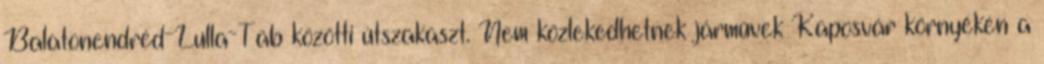
Balatonendréd-Lulla-Tab közötti útszakaszt. Nem közlekedhetnek járművek Kaposvár környékén a